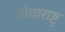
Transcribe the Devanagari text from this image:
गोवाराष्ट्र